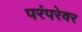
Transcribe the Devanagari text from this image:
परंपरेवर